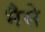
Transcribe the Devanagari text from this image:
भैसे